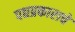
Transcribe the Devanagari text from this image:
पद्यप्रकाराचे